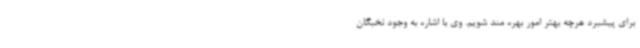
برای پیشبرد هرچه بهتر امور بهره مند شویم. وی با اشاره به وجود نخبگان